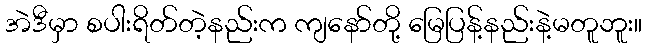
အဲဒီမှာ စပါးရိတ်တဲ့နည်းက ကျနော်တို့ မြေပြန့်နည်းနဲ့မတူဘူး။